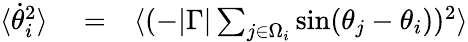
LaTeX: \begin{array}{rlr}{\langle\dot{\theta}_{i}^{2}\rangle}&{{}=}&{\langle(-|\Gamma|\sum_{j\in\Omega_{i}}\sin(\theta_{j}-\theta_{i}))^{2}\rangle}\end{array}